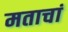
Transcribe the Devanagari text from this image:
मताचां